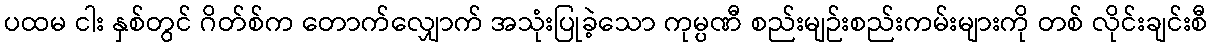
ပထမ ငါး နှစ်တွင် ဂိတ်စ်က တောက်လျှောက် အသုံးပြုခဲ့သော ကုမ္ပဏီ စည်းမျဉ်းစည်းကမ်းများကို တစ် လိုင်းချင်းစီ